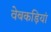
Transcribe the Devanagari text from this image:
वेबकड़ियां